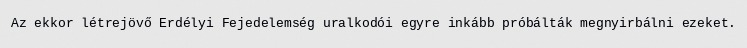
Az ekkor létrejövő Erdélyi Fejedelemség uralkodói egyre inkább próbálták megnyirbálni ezeket.